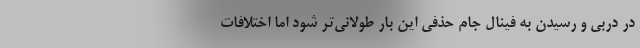
در دربی و رسیدن به فینال جام حذفی این بار طولانی‌تر شود اما اختلافات